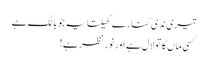
تیری ندی کنارے کھیلتا یہ جو بالک ہے
کسی ماں کا تو لال ہے اور نورِ نظر ہے!